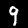
Digit: 9